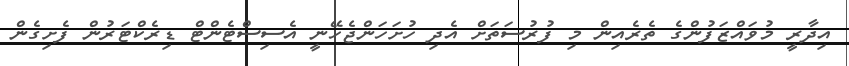
އިދާރީ މުވައްޒަފުންގެ ތެރެއިން މި ފުރުސަތަށް އެދި ހުށަހަންޖެހޭނީ އެސިސްޓެންޓް ޑިރެކްޓަރުން ފެށިގެން